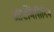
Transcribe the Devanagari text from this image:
आर्टमिसिनिन